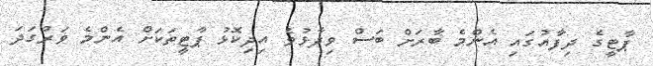
ޕާޓީގެ ދިފާއުގައި އެންމެ ބާރަށް ބަސް ވިދާޅުވެ އިދިކޮޅު ޕާޓީތަކަށް އެންމެ ވަރުގަދަ